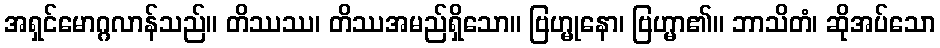
အရှင်မောဂ္ဂလာန်သည်။ တိဿဿ၊ တိဿအမည်ရှိသော။ ဗြဟ္မုနော၊ ဗြဟ္မာ၏။ ဘာသိတံ၊ ဆိုအပ်သော